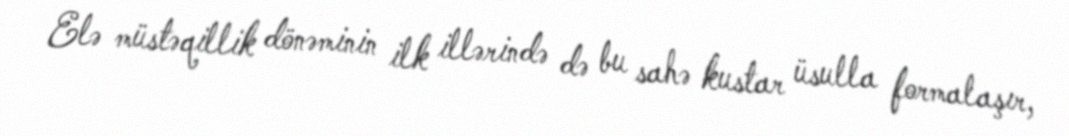
Elə müstəqillik dönəminin ilk illərində də bu sahə kustar üsulla formalaşır,